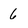
Character: 6